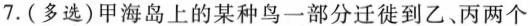
7.(多选)甲海岛上的某种鸟一部分迁徙到乙、丙两个